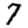
Digit: 7